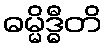
ဓမ္မိဒ္ဓီတိ